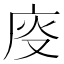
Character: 𱝄